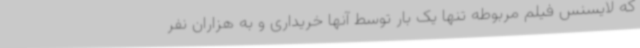
که لایسنس فیلم مربوطه تنها یک بار توسط آنها خریداری و به هزاران نفر